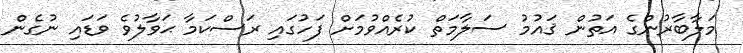
މަލާބާރުންގެ އަތުން ޤައުމު ސަލާމަތް ކުރެއްވުމަށް ފަހުގައި ރަސްކަމާ ޙަވާލުވެ ވަޑައި ނުގެން